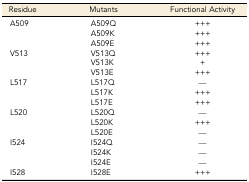
| Residue | Mutants | Functional Activity |
 | --- | --- | --- |
 | <ROWSPAN=3> A509 | A509Q | +++ |
 | A509K | +++ |
 | A509E | +++ |
 | <ROWSPAN=3> V513 | V513Q | +++ |
 | V513K | + |
 | V513E | +++ |
 | <ROWSPAN=3> L517 | L517Q | — |
 | L517K | +++ |
 | L517E | +++ |
 | <ROWSPAN=3> L520 | L520Q | — |
 | L520K | +++ |
 | L520E | — |
 | <ROWSPAN=3> I524 | I524Q | — |
 | I524K | — |
 | I524E | — |
 | I528 | I528E | +++ |